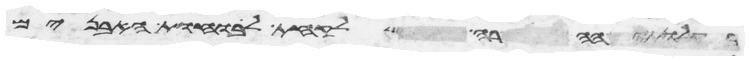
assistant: ההרה לקחת לוחות האבנים